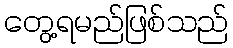
တွေ့ရမည်ဖြစ်သည်